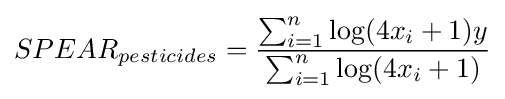
SPEAR_{pesticides}={\frac {\sum _{i=1}^{n}\log(4x_{i}+1)y}{\sum _{i=1}^{n}\log(4x_{i}+1)}}